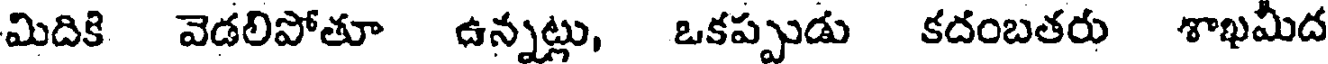
మిదికి వెడలిపోతూ ఉన్నట్లు, ఒకప్పుడు కదంబతరు శాఖమీద